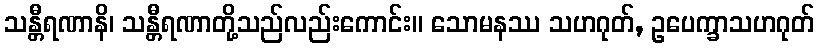
သန္တီရဏာနိ၊ သန္တီရဏာတို့သည်လည်းကောင်း။ သောမနဿ သဟဂုတ်, ဥပေက္ခာသဟဂုတ်